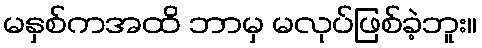
မနှစ်ကအထိ ဘာမှ မလုပ်ဖြစ်ခဲ့ဘူး။